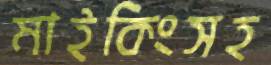
মাইকিংসহ